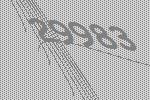
29983